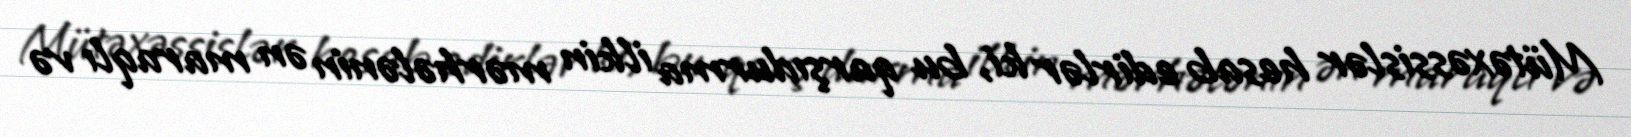
Mütəxəssislər hesab edirlər ki, bu qarşıdurma ilkin mərhələnin ən maraqlı və